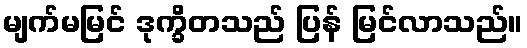
မျက်မမြင် ဒုက္ခိတသည် ပြန် မြင်လာသည်။